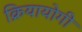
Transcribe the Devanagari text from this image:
क्रियायोगी